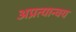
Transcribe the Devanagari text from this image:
अप्रत्यान्वय